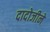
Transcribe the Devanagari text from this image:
दादोजीने